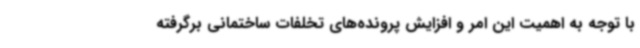
با توجه به اهمیت این امر و افزایش پرونده‌های تخلفات ساختمانی برگرفته